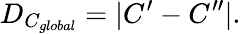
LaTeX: D_{C_{global}}=|C^{\prime}-C^{\prime\prime}|.